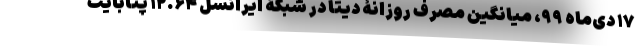
۱۷ دی‌ماه ۹۹، میانگین مصرف روزانۀ دیتا در شبکۀ ایرانسل ۱۲.۶۴ پتابایت